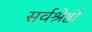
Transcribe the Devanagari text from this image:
सर्वश्रेष्ठों